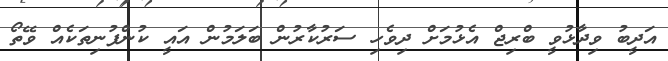
އަދީބު ވިދާޅުވީ ބްރިޖް އެޅުމަށް ދިވެހި ސަރުކާރުން ބަލަމުން އައީ ކުންފުނިތަކެއް ވޭތޯ